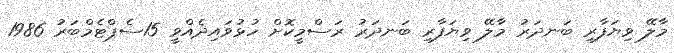
މާލޭ ވިޔަފާރި ބަނދަރު މާލޭ ވިޔަފާރި ބަނދަރު ރަސްމީކޮށް ހުޅުވައިދެއްވީ 15ސެޕްޓެމްބަރު 1986